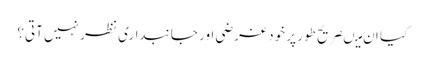
کیا ان میںصریح طور پر خود غرضی اور جانبداری نظر نہیں آتی؟